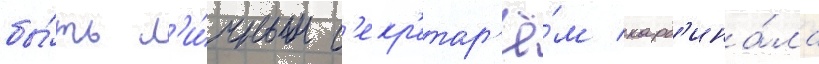
бы́ть л'и́чным с'екр'етар'ё́м кард'ина́ла